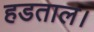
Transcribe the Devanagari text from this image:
हडताल।